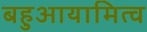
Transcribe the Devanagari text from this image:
बहुआयामित्व